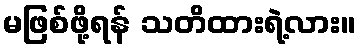
မဖြစ်ဖို့ရန် သတိထားရဲ့လား။